Annual report on the working of the mental hospitals in the Madras Presidency - 1912-1932
Year: 1912
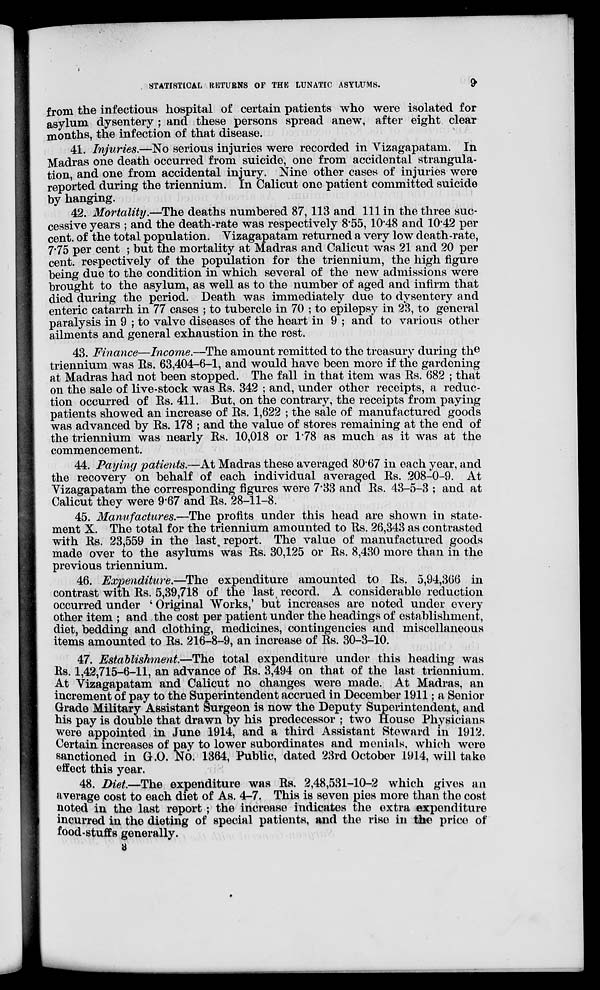
STATISTICAL RETURNS OF THE LUNATIC ASYLUMS.
9
from the infectious hospital of certain patients who were isolated for
asylum dysentery ; and these persons spread anew, after eight clear
months, the infection of that disease.
41. Injuries.—No serious injuries were recorded in Vizagapatam. In
Madras one death occurred from suicide, one from accidental strangula-
tion, and one from accidental injury. Nine other cases of injuries were
reported during the triennium. In Calicut one patient committed suicide
by hanging.
42. Mortality.—The deaths numbered 87,113 and 111 in the three suc-
cessive years ; and the death-rate was respectively 8.55, 10.48 and 10.42 per
cent. of the total population. Vizagapatam returned a very low death-rate,
7.75 per cent ; but the mortality at Madras and Calicut was 21 and 20 per
cent, respectively of the population for the triennium, the high figure
being due to the condition in which several of the new admissions were
brought to the asylum, as well as to the number of aged and infirm that
died during the period. Death was immediately due to dysentery and
enteric catarrh in 77 cases ; to tubercle in 70 ; to epilepsy in 23, to general
paralysis in 9 ; to valve diseases of the heart in 9 ; and to various other
ailments and general exhaustion in the rest.
43. Finance—Income.—The amount remitted to the treasury during the
triennium was Rs. 63,404-6-1, and would have been more if the gardening
at Madras had not been stopped. The fall in that item was Rs. 682 ; that
on the sale of live-stock was Rs. 342 ; and, under other receipts, a reduc-
tion occurred of Rs. 411. But, on the contrary, the receipts from paying
patients showed an increase of Rs. 1,622 ; the sale of manufactured goods
was advanced by Rs. 178 ; and the value of stores remaining at the end of
the triennium was nearly Rs. 10,018 or 1.78 as much as it was at the
commencement.
44. Paying patients.—At Madras these averaged 80.67 in each year, and
the recovery on behalf of each individual averaged Rs. 208-0-9. At
Vizagapatam the corresponding figures were 7.33 and Rs. 43-5-3 ; and at
Calicut they were 9.67 and Rs. 28-11-8.
45. Manufactures.—The profits under this head are shown in state-
ment X. The total for the triennium amounted to Rs. 26,343 as contrasted
with Rs. 23,559 in the last report. The value of manufactured goods
made over to the asylums was Rs. 30,125 or Rs. 8,430 more than in the
previous triennium.
46. Expenditure.—The expenditure amounted to Rs. 5,94,366 in
contrast with Rs. 5,39,718 of the last record. A considerable reduction
occurred under ' Original Works,' but increases are noted under every
other item ; and the cost per patient under the headings of establishment,
diet, bedding and clothing, medicines, contingencies and miscellaneous
items amounted to Rs. 216-8-9, an increase of Rs. 30-3-10.
47. Establishment.—The total expenditure under this heading was
Rs. 1,42,715-6-11, an advance of Rs. 3,494 on that of the last triennium.
At Vizagapatam and Calicut no changes were made. At Madras, an
increment of pay to the Superintendent accrued in December 1911; a Senior
Grade Military Assistant Surgeon is now the Deputy Superintendent, and
his pay is double that drawn by his predecessor ; two House Physicians
were appointed in June 1914, and a third Assistant Steward in 1912.
Certain increases of pay to lower subordinates and menials, which were
sanctioned in G.O. No. 1364, Public, dated 23rd October 1914, will take
effect this year.
48. Diet.—The expenditure was Rs. 2,48,531-10-2 which gives an
average cost to each diet of As. 4-7. This is seven pies more than the cost
noted in the last report; the increase indicates the extra expenditure
incurred in the dieting of special patients, and the rise in the price of
food-stuffs generally.
3